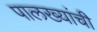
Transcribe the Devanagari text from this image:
पालख्यांची